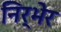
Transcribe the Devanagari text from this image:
निर्भेर